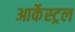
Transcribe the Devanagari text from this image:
आर्केस्ट्रल